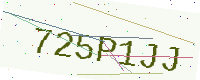
Text: 725P1JJ